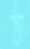
ঠ